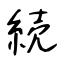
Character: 続